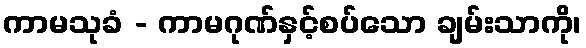
ကာမသုခံ - ကာမဂုဏ်နှင့်စပ်သော ချမ်းသာကို၊